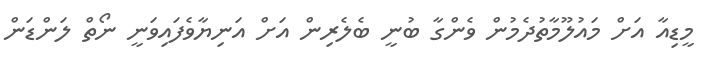
މީޑިއާ އަށް މައުލޫމާތުދެމުން ވެންގާ ބުނީ ބެލެރިން އަށް އަނިޔާވެފައިވަނީ ނޯތް ލަންޑަން